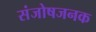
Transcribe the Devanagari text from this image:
संजोषजनक